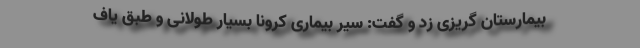
بیمارستان گریزی زد و گفت: سیر بیماری کرونا بسیار طولانی و طبق یاف